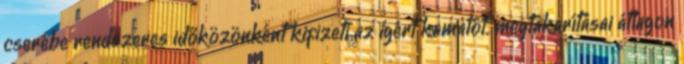
cserébe rendszeres időközönként kiﬁzeti az igért kamatot. megtakarításai átlagon